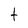
Character: t